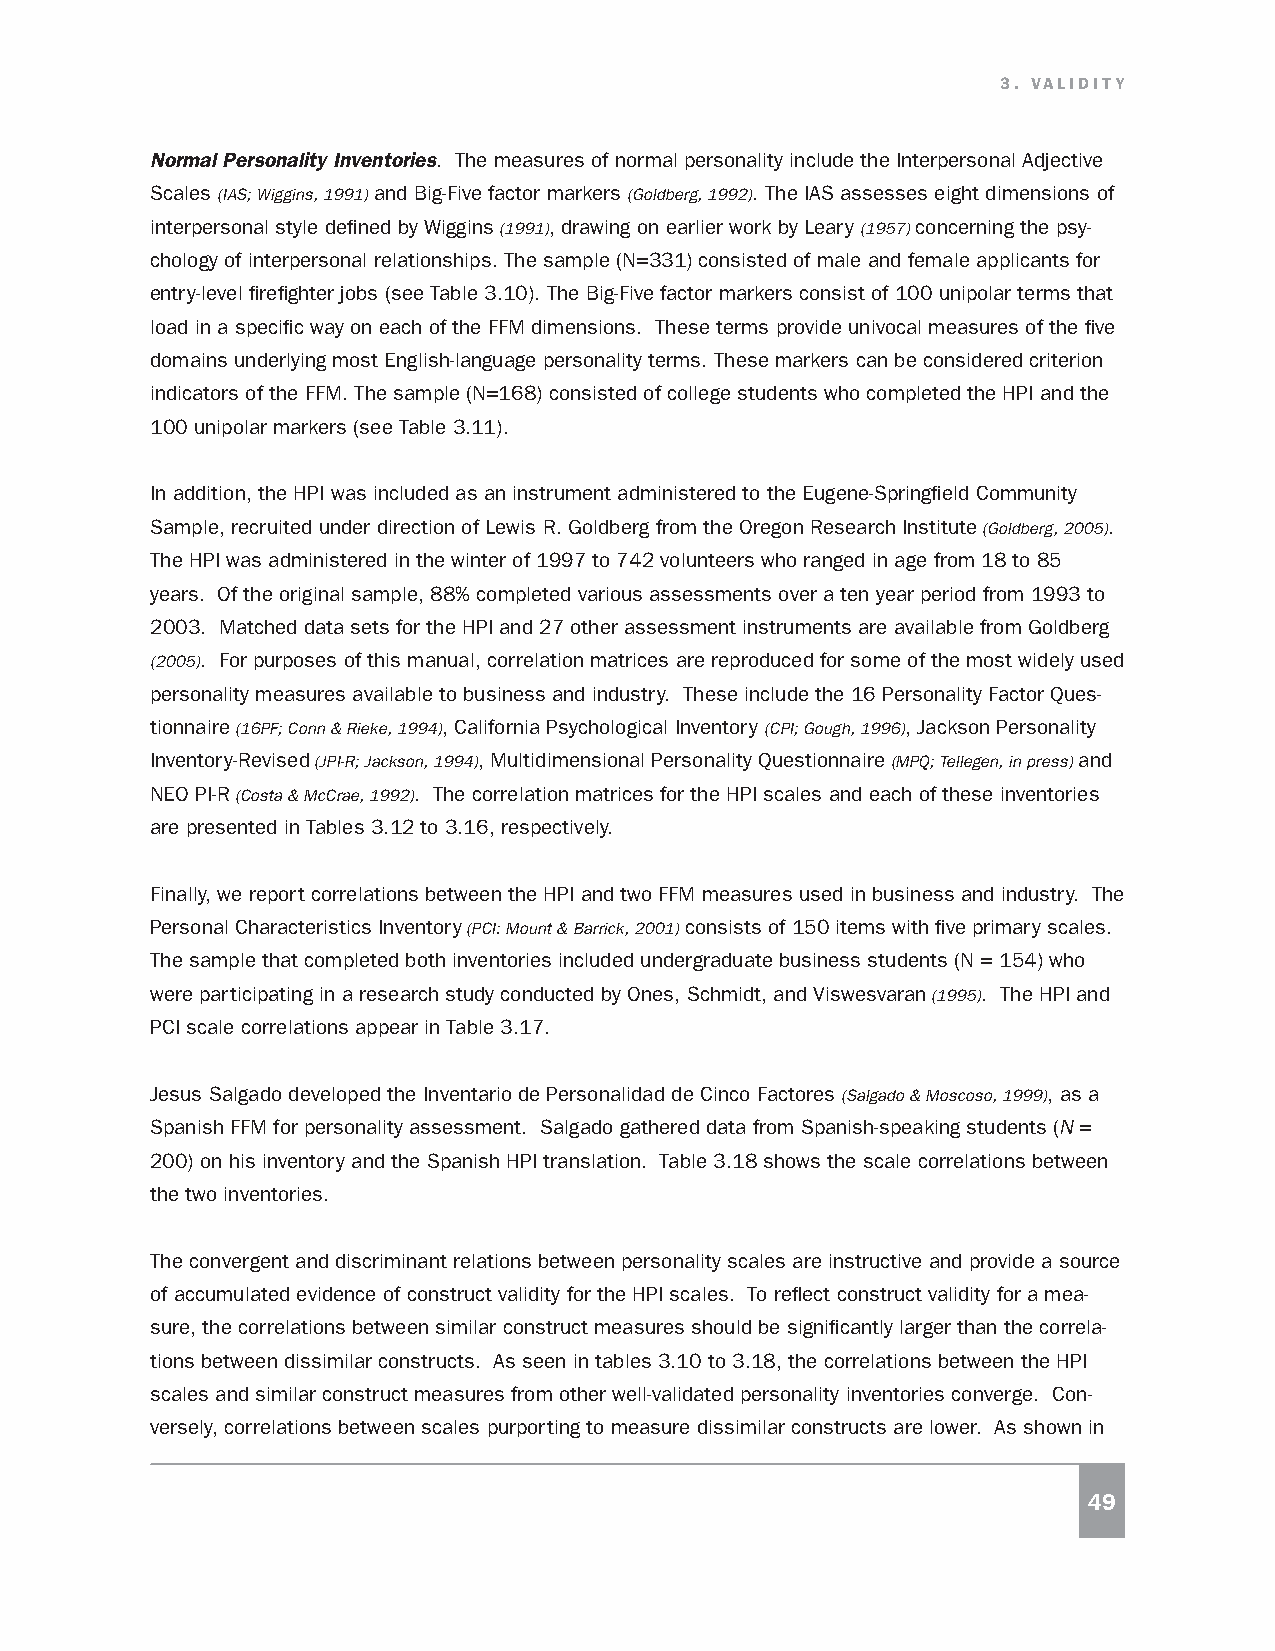
3. VALIDITY
 Normal Personality Inventories. The measures of normal personality include the Interpersonal Adjective
 Scales (IAS; Wiggins, 1991) and Big-Five factor markers (Goldberg, 1992). The IAS assesses eight dimensions of
 interpersonal style defined by Wiggins (1991), drawing on earlier work by Leary (1957) concerning the psy-
 chology of interpersonal relationships. The sample (N=331) consisted of male and female applicants for
 entry-level firefighter jobs (see Table 3.10). The Big-Five factor markers consist of 100 unipolar terms that
 load in a specific way on each of the FFM dimensions. These terms provide univocal measures of the five
 domains underlying most English-language personality terms. These markers can be considered criterion
 indicators of the FFM. The sample (N=168) consisted of college students who completed the HPI and the
 100 unipolar markers (see Table 3.11).
 In addition, the HPI was included as an instrument administered to the Eugene-Springfield Community
 Sample, recruited under direction of Lewis R. Goldberg from the Oregon Research Institute (Goldberg, 2005).
 The HPI was administered in the winter of 1997 to 742 volunteers who ranged in age from 18 to 85
 years. Of the original sample, 88% completed various assessments over a ten year period from 1993 to
 2003. Matched data sets for the HPI and 27 other assessment instruments are available from Goldberg
 (2005). For purposes of this manual, correlation matrices are reproduced for some of the most widely used
 personality measures available to business and industry. These include the 16 Personality Factor Ques-
 tionnaire (16PF; Conn & Rieke, 1994), California Psychological Inventory (CPI; Gough, 1996), Jackson Personality
 Inventory-Revised (JPI-R; Jackson, 1994), Multidimensional Personality Questionnaire (MPQ; Tellegen, in press) and
 NEO PI-R (Costa & McCrae, 1992). The correlation matrices for the HPI scales and each of these inventories
 are presented in Tables 3.12 to 3.16, respectively.
 Finally, we report correlations between the HPI and two FFM measures used in business and industry. The
 Personal Characteristics Inventory (PCI: Mount & Barrick, 2001) consists of 150 items with five primary scales.
 The sample that completed both inventories included undergraduate business students (N = 154) who
 were participating in a research study conducted by Ones, Schmidt, and Viswesvaran (1995). The HPI and
 PCI scale correlations appear in Table 3.17.
 Jesus Salgado developed the Inventario de Personalidad de Cinco Factores (Salgado & Moscoso, 1999), as a
 Spanish FFM for personality assessment. Salgado gathered data from Spanish-speaking students (N =
 200) on his inventory and the Spanish HPI translation. Table 3.18 shows the scale correlations between
 the two inventories.
 The convergent and discriminant relations between personality scales are instructive and provide a source
 of accumulated evidence of construct validity for the HPI scales. To reflect construct validity for a mea-
 sure, the correlations between similar construct measures should be significantly larger than the correla-
 tions between dissimilar constructs. As seen in tables 3.10 to 3.18, the correlations between the HPI
 scales and similar construct measures from other well-validated personality inventories converge. Con-
 versely, correlations between scales purporting to measure dissimilar constructs are lower. As shown in
 49